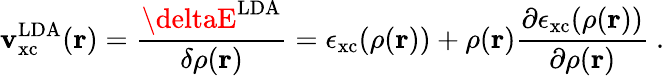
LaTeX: \mathbf{v}_{\mathrm{{{xc}}}}^{\mathrm{{LDA}}}(\mathbf{{r}})={\frac{{\deltaE^{\mathrm{{LDA}}}}}{{\delta\rho(\mathbf{{r}})}}}=\epsilon_{\mathrm{{{xc}}}}(\rho(\mathbf{{r}}))+\rho(\mathbf{{r}}){\frac{{\partial\epsilon_{\mathrm{{{xc}}}}(\rho(\mathbf{{r}}))}}{{\partial\rho(\mathbf{{r}})}}}\ .